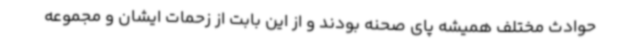
حوادث مختلف همیشه پای صحنه بودند و از این بابت از زحمات ایشان و مجموعه